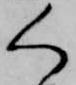
く